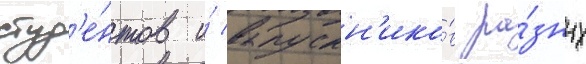
студ'е́нтов и́ выпускн'ико́в ра́зных